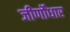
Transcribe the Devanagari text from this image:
जीर्णोंधार